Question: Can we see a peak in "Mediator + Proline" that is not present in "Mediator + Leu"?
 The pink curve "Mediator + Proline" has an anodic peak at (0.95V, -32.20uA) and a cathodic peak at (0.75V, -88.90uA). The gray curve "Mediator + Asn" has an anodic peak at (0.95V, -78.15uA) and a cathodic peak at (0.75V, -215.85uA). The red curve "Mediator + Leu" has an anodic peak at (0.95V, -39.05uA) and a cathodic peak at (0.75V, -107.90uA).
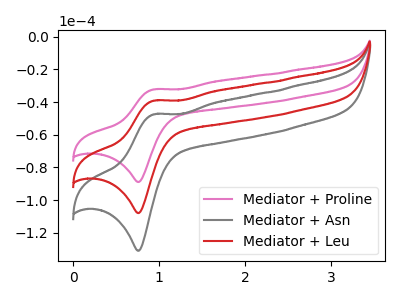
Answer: <think>All the peaks in "Mediator + Proline" have a peak in "Mediator + Leu" at the same potential.
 </think>
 <answer>No, "Mediator + Proline" and "Mediator + Leu" don't appear to be significantly different in shape</answer>
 <eval>no_change</eval>